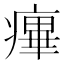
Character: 𤹝